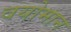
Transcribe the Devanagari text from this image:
वयोमान